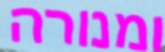
ומנורה